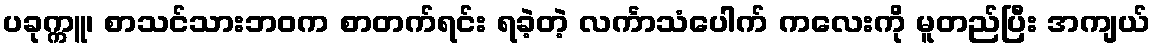
ပခုက္ကူ၊ စာသင်သားဘဝက စာတက်ရင်း ရခဲ့တဲ့ လင်္ကာသံပေါက် ကလေးကို မူတည်ပြီး အကျယ်